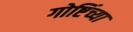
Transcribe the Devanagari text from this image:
गोष्टिंच्या